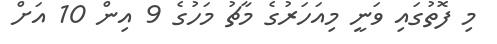
މި ފޮތުގައި ވަނީ މިއަހަރުގެ މާޗު މަހުގެ 9 އިން 10 އަށް